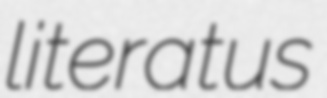
literatus